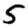
Digit: 5